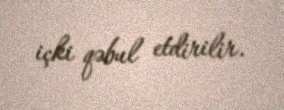
içki qəbul etdirilir.